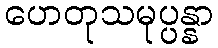
ဟေတုသမုပ္ပန္နာ